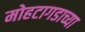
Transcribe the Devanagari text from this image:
मोहटागडाच्या